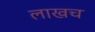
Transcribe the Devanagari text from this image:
लाखच